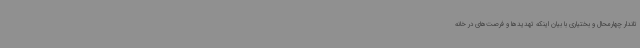
تاندار چهارمحال و بختیاری با بیان اینکه تهدیدها و فرصت‌های در خانه